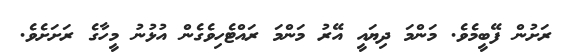
ރަށުން ފޭބީމެވެ. މަންމަ ދިޔައީ އޭރު މަންމަ ރައްޓެހިވެގެން އުޅުނު މީހާގެ ރަށަށެވެ.